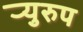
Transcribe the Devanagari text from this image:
र्‍युरुप